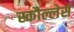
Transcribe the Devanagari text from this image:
स्कौल्लेर्स